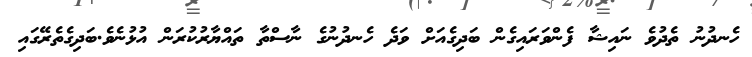
ހެނދުނު ތެދުވެ ނައިޝާ ފެންވަރައިގެން ބަދިގެއަށް ވަދެ ހެނދުނުގެ ނާސްތާ ތައްޔާރުކުރަން އުޅުނެވެ.ބަދިގެެތެރޭގައި